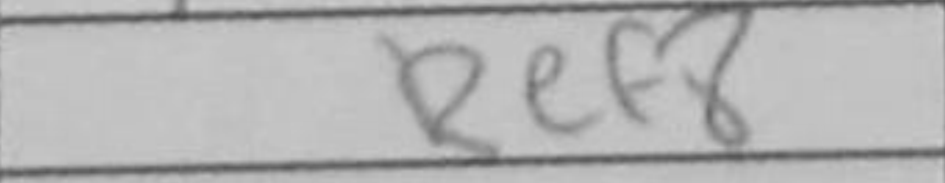
Transcription: Ref8